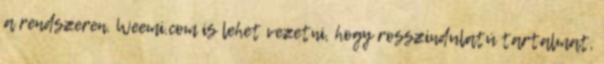
a rendszeren. Weemi.com is lehet vezetni, hogy rosszindulatú tartalmat,